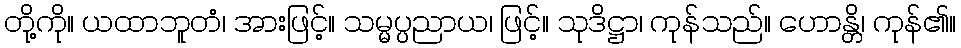
တို့ကို။ ယထာဘူတံ၊ အားဖြင့်။ သမ္မပ္ပညာယ၊ ဖြင့်။ သုဒိဋ္ဌာ၊ ကုန်သည်။ ဟောန္တိ၊ ကုန်၏။